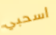
اسحبي